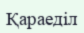
Қараеділ